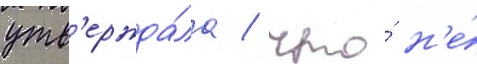
утв'ержда́ла / что́ н'е́